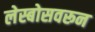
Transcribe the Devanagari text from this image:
लेस्बोसवरून